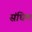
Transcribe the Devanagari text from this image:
संधिम